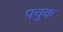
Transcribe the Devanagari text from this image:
पचुक